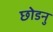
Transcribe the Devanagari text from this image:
छोडनु